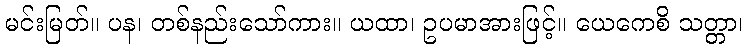
မင်းမြတ်။ ပန၊ တစ်နည်းသော်ကား။ ယထာ၊ ဥပမာအားဖြင့်။ ယေကေစိ သတ္တာ၊